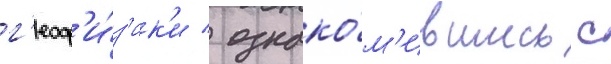
г'еоф'и́з'ик'и / ознако́м'ившись с